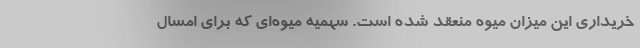
خریداری این میزان میوه منعقد شده است. سهمیه میوه‌ای که برای امسال